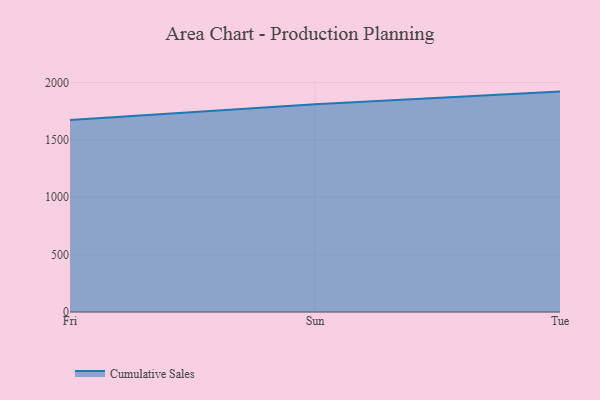
{"axis": {"x": "Day", "y": "Active Users"}, "legend": ["Cumulative Sales"], "data": [{"x": "Fri", "y": 1673.6, "type": "Cumulative Sales"}, {"x": "Sun", "y": 1810.8, "type": "Cumulative Sales"}, {"x": "Tue", "y": 1921.3, "type": "Cumulative Sales"}]}